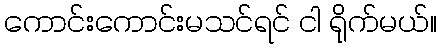
ကောင်းကောင်းမသင်ရင် ငါ ရိုက်မယ်။